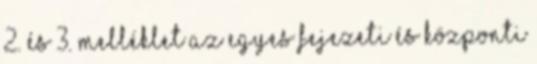
2. és 3. melléklet az egyes fejezeti és központi